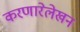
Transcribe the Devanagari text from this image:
करणारेलेखन